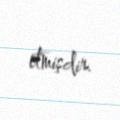
etmişdir.